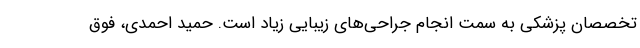
تخصصان پزشکی به سمت انجام جراحی‌های زیبایی زیاد است. حمید احمدی، فوق‌